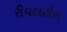
રીયલટોન